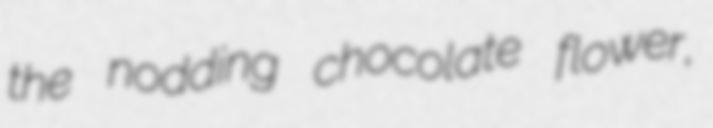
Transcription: the nodding chocolate flower,